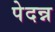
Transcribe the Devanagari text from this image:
पेदन्न